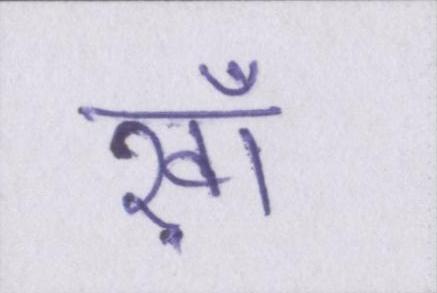
ख़ाँ